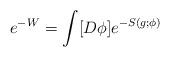
LaTeX: \begin{align*} e^{- W } = \int [D\phi] e^{- S( g; \phi)} \end{align*}